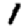
Digit: 1